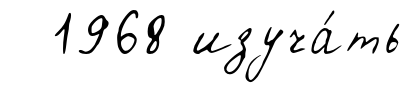
1968 изуча́ть